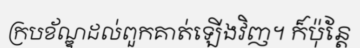
ក្របខ័ណ្ឌដល់ពួកគាត់ឡើងវិញ។ ក៏ប៉ុន្តែ